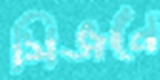
সিজনে